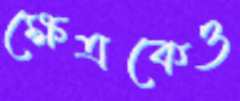
ক্ষেত্রকেও